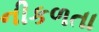
નીકળતા